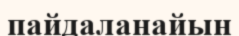
пайдаланайын